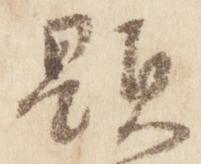
顕